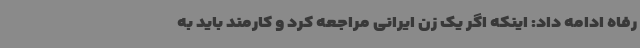
رفاه ادامه داد: اینکه اگر یک زن ایرانی مراجعه کرد و کارمند باید به